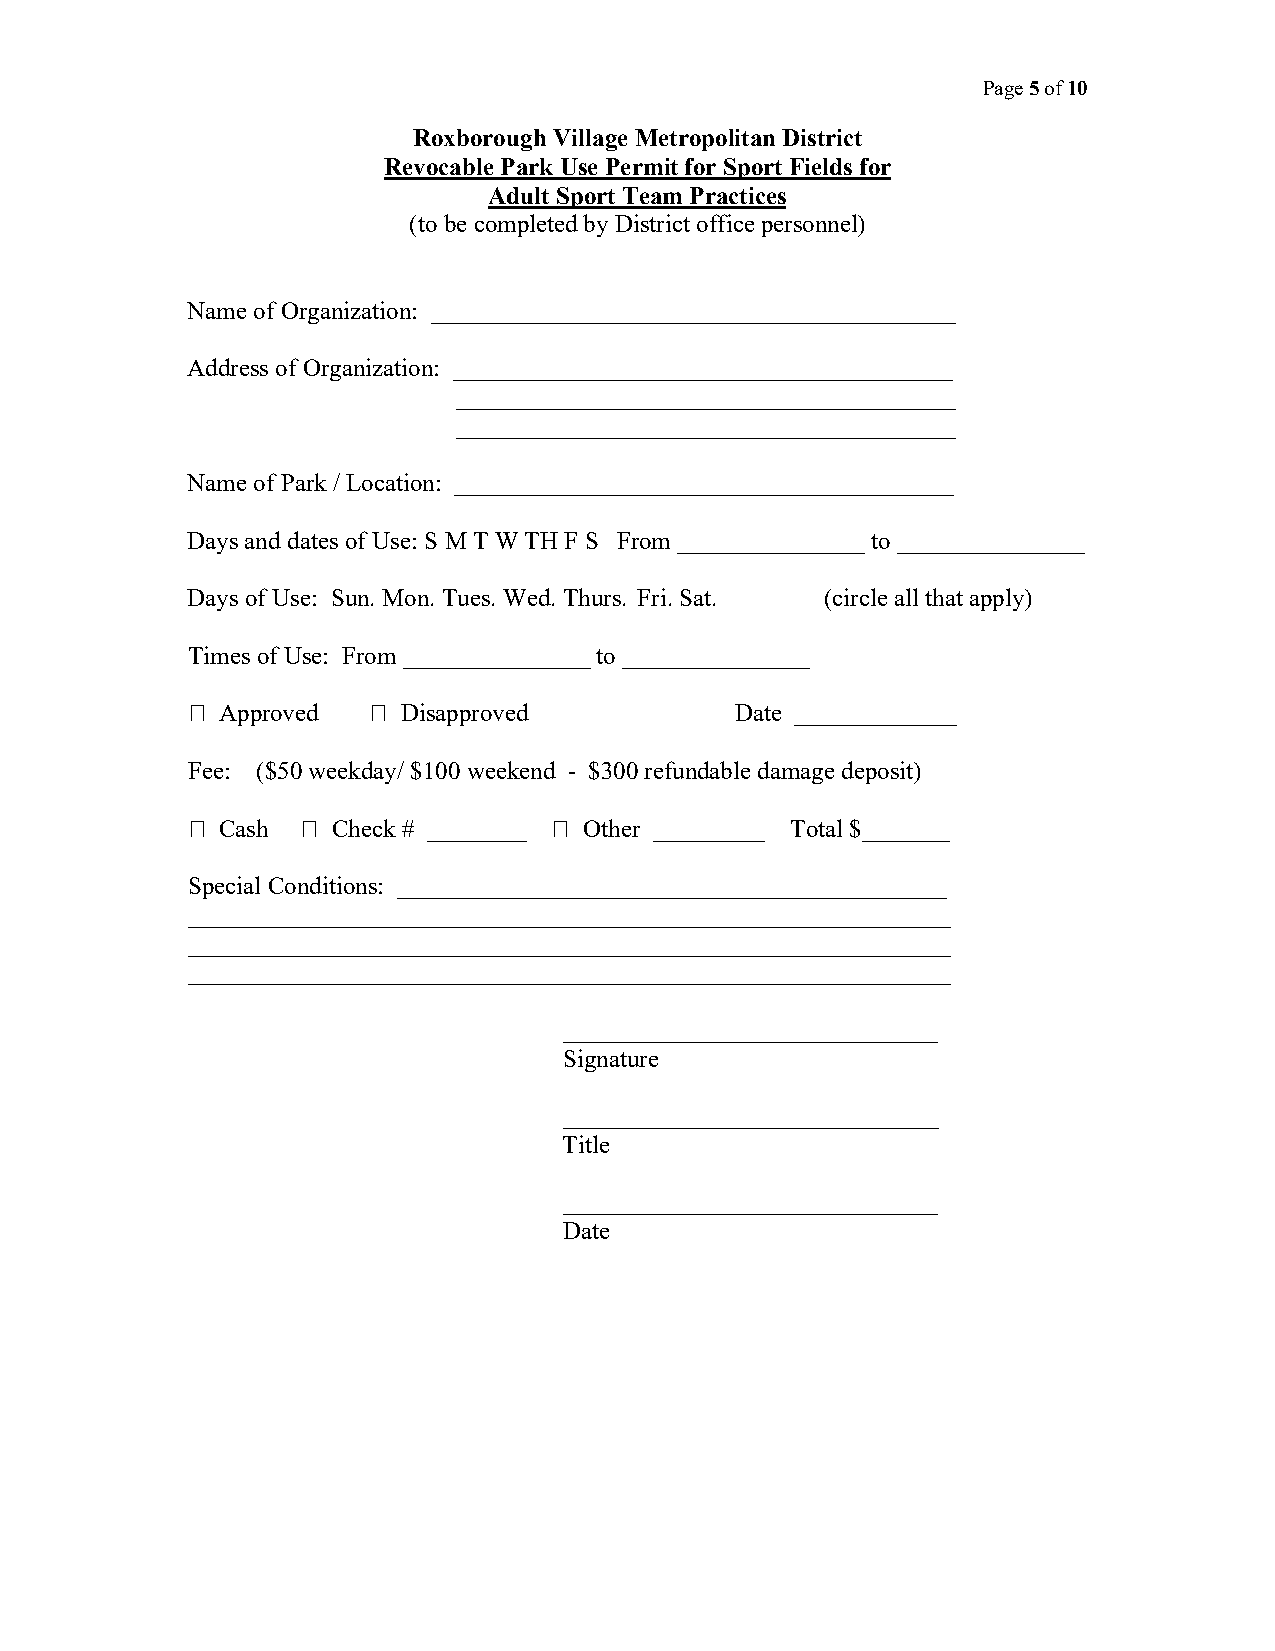
Page 5 of 10
 Roxborough Village Metropolitan District
 Revocable Park Use Permit for Sport Fields for
 Adult Sport Team Practices
 (to be completed by District office personnel)
 Name of Organization: __________________________________________
 Address of Organization: ________________________________________
 ________________________________________
 ________________________________________
 Name of Park / Location: ________________________________________
 Days and dates of Use: S M T W TH F S From _______________ to _______________
 Days of Use: Sun. Mon. Tues. Wed. Thurs. Fri. Sat. (circle all that apply)
 Times of Use: From _______________ to _______________
 ⁪ Approved  ⁪  Disapproved           Date _____________
 Fee: ($50 weekday/ $100 weekend - $300 refundable damage deposit)
 ⁪ Cash  ⁪ Check # ________ ⁪ Other _________ Total $_______
 Special Conditions: ____________________________________________
 _____________________________________________________________
 _____________________________________________________________
 _____________________________________________________________
 ______________________________
 Signature
 ______________________________
 Title
 ______________________________
 Date